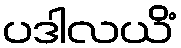
ပဒါလယိံ